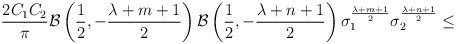
\begin{align*}\frac {2C_1C_2} {\pi}{\cal B}\left(\frac {1} {2},-\frac {\lambda+m+1} {2}\right){\cal B}\left(\frac {1} {2},-\frac {\lambda+n+1} {2}\right){\sigma}_1^{\frac {\lambda+m+1} {2}}{\sigma}_2^{\frac {\lambda+n+1} {2}} \leq\end{align*}